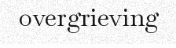
overgrieving